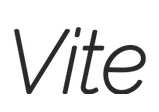
Vite